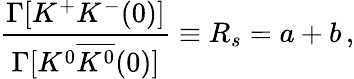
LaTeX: \frac{\Gamma[K^{+}K^{-}(0)]}{\Gamma[K^{0}\overline{{{K^{0}}}}(0)]}\equiv R_{s}=a+b\, ,